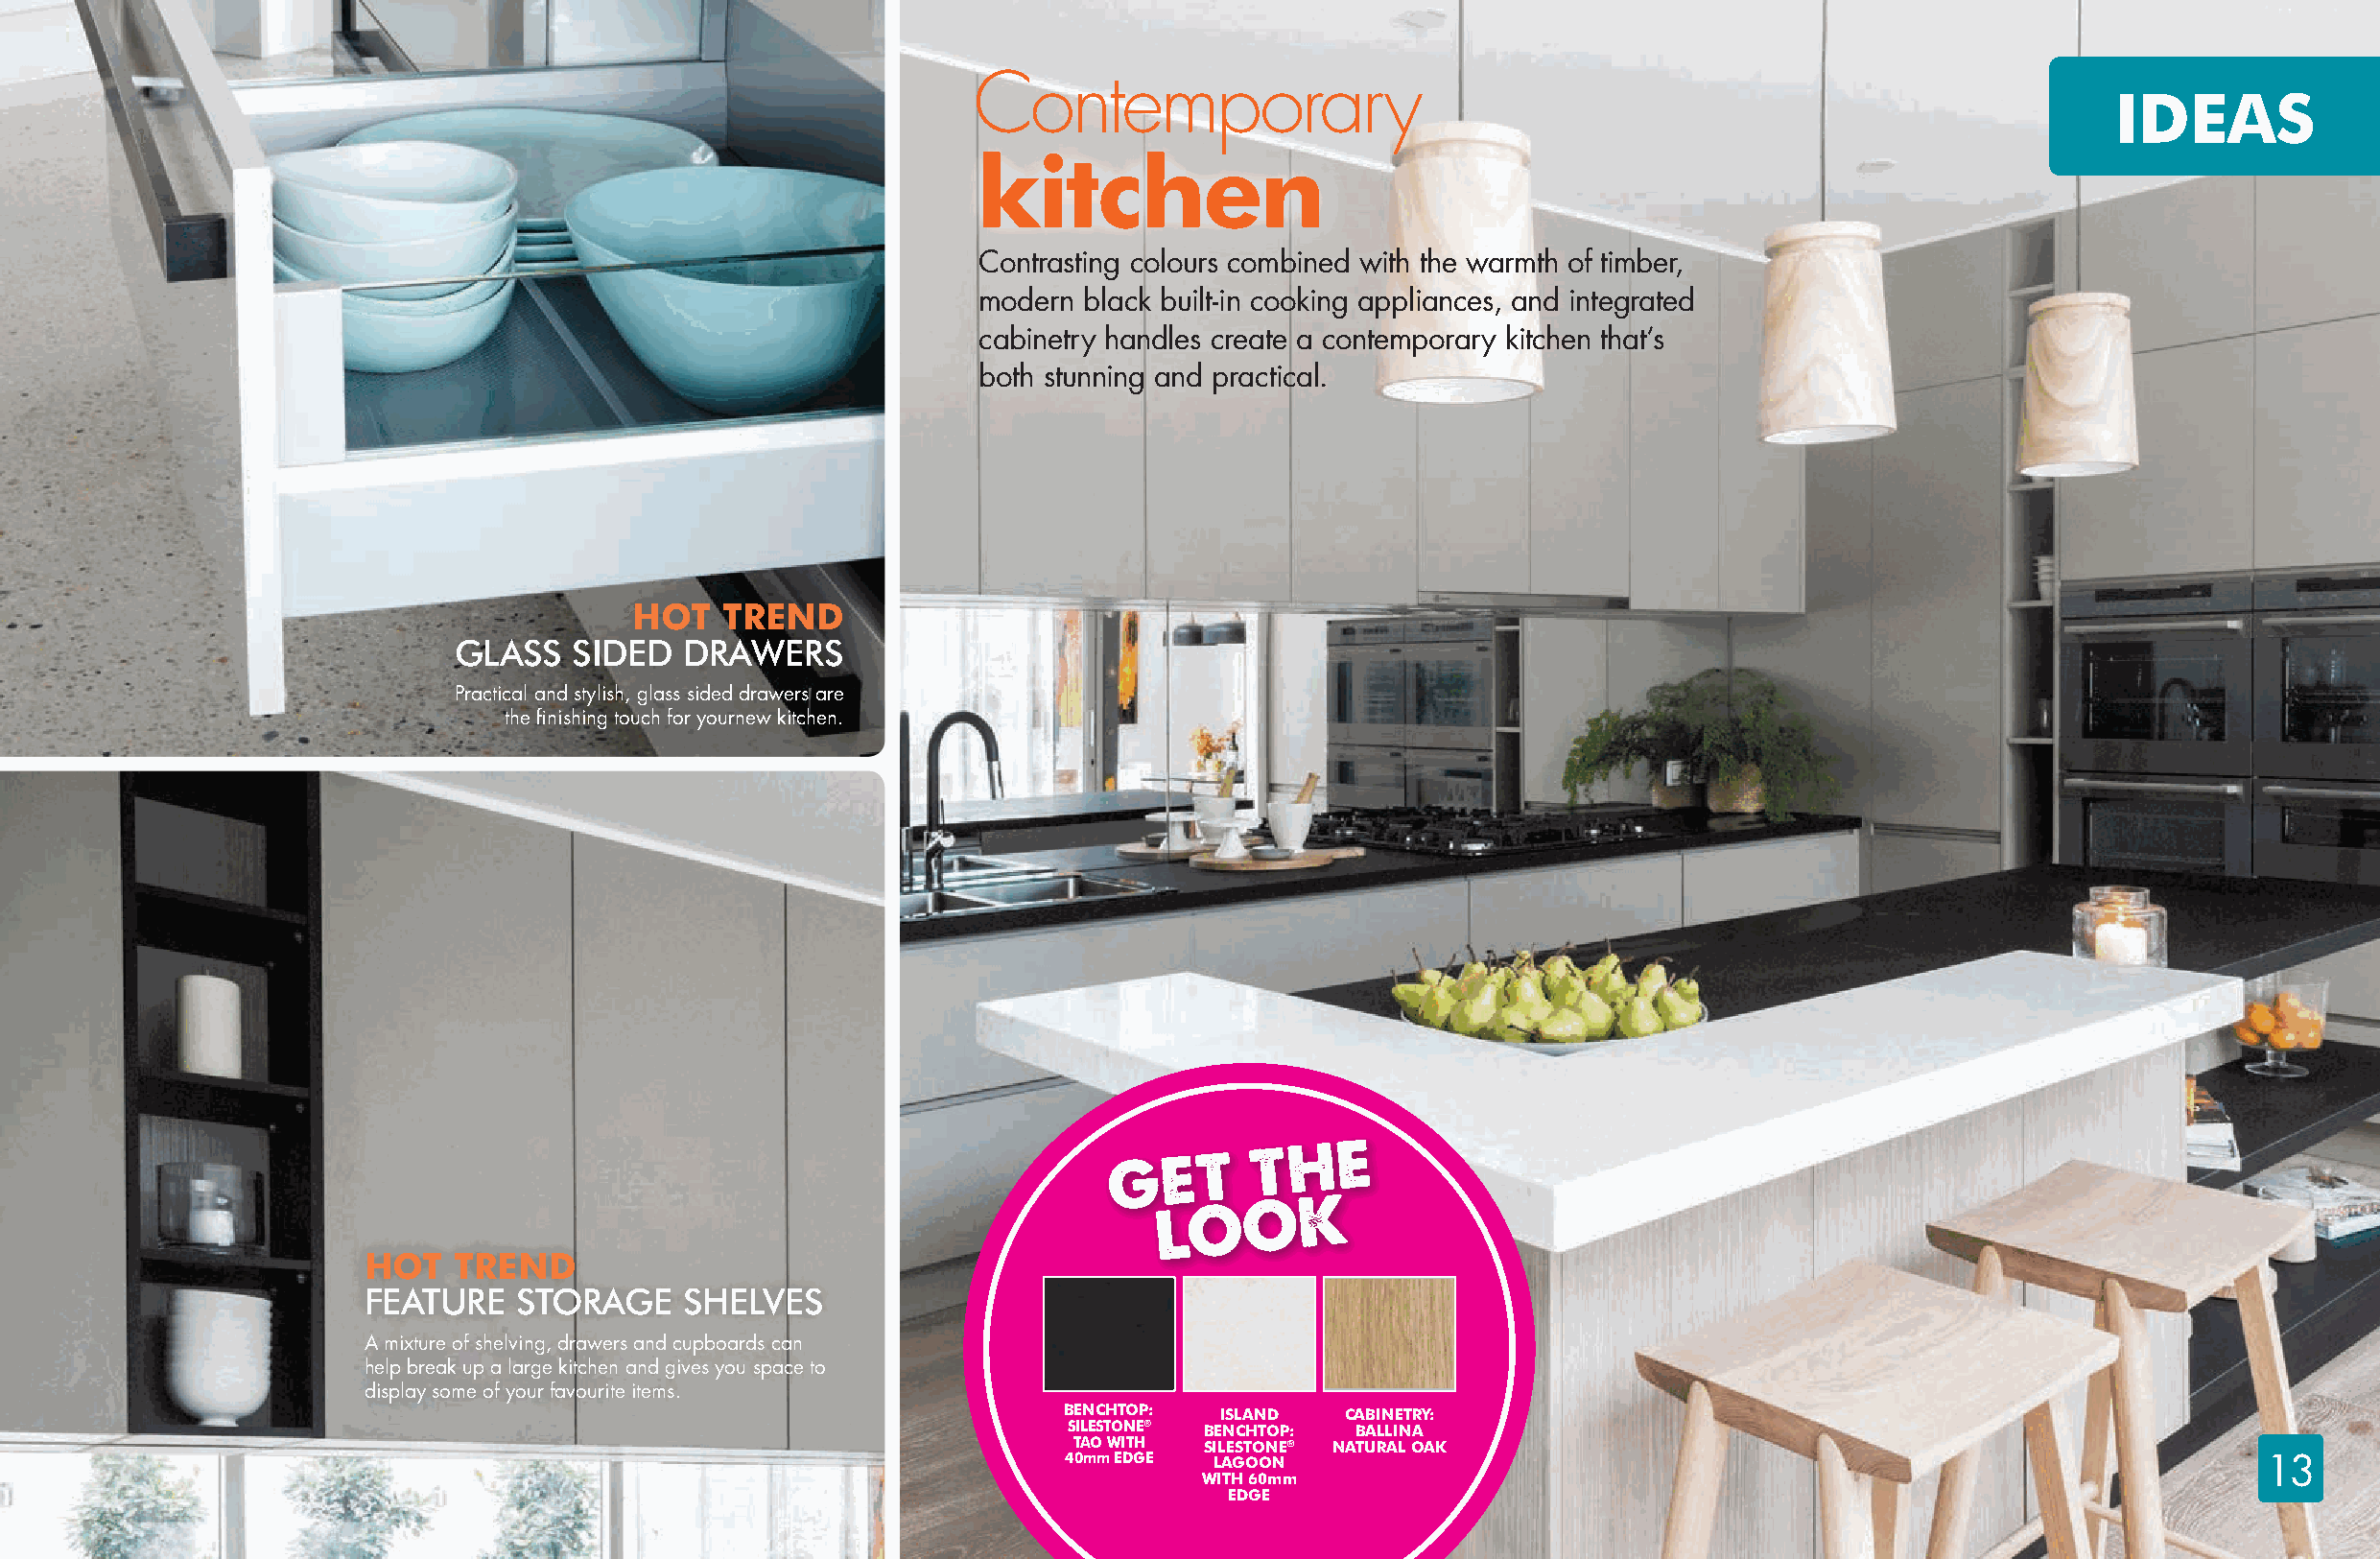
Contemporary
 IDEAS
 kitchen
 Contrasting colours combined with the warmth of timber,
 modern black built-in cooking appliances, and integrated
 cabinetry handles create a contemporary kitchen that’s
 both stunning and practical.
 HOT   TREND
 GLASS   SIDED   DRAWERS
 Practical and stylish, glass sided drawers are
 the finishing touch for yournew kitchen.
 HOT   TREND
 FEATURE    STORAGE    SHELVES
 A mixture of shelving, drawers and cupboards can
 help break up a large kitchen and gives you space to
 display some of your favourite items.
 BENCHTOP:  ISLAND   CABINETRY:
 SILESTONE® BENCHTOP: BALLINA
 TAO WITH SILESTONE® NATURAL OAK
 40mm EDGE  LAGOON                                                                  13
 WITH 60mm
 EDGE